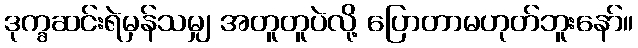
ဒုက္ခဆင်းရဲမှန်သမျှ အတူတူပဲလို့ ပြောတာမဟုတ်ဘူးနော်။